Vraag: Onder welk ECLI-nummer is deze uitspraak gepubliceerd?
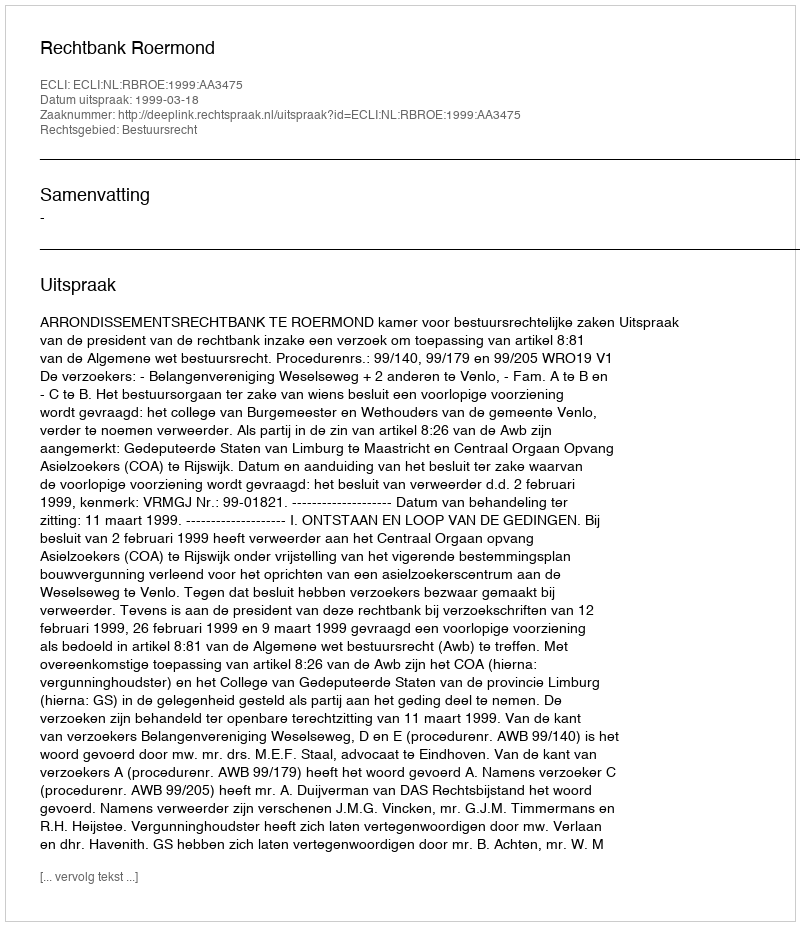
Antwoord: ECLI:NL:RBROE:1999:AA3475